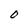
Character: O